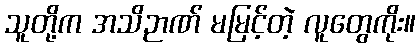
သူတို့က အသိဉာဏ် မမြင့်တဲ့ လူတွေကိုး။